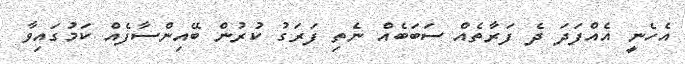
އެހެނީ އެއްފަދަ ދެ ފަރާތެއް ސަބަބެއް ނެތި ފަރަގު ކުރުން ބޭއިންސާފެއް ކަމުގައިވާ